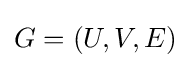
G=(U,V,E)